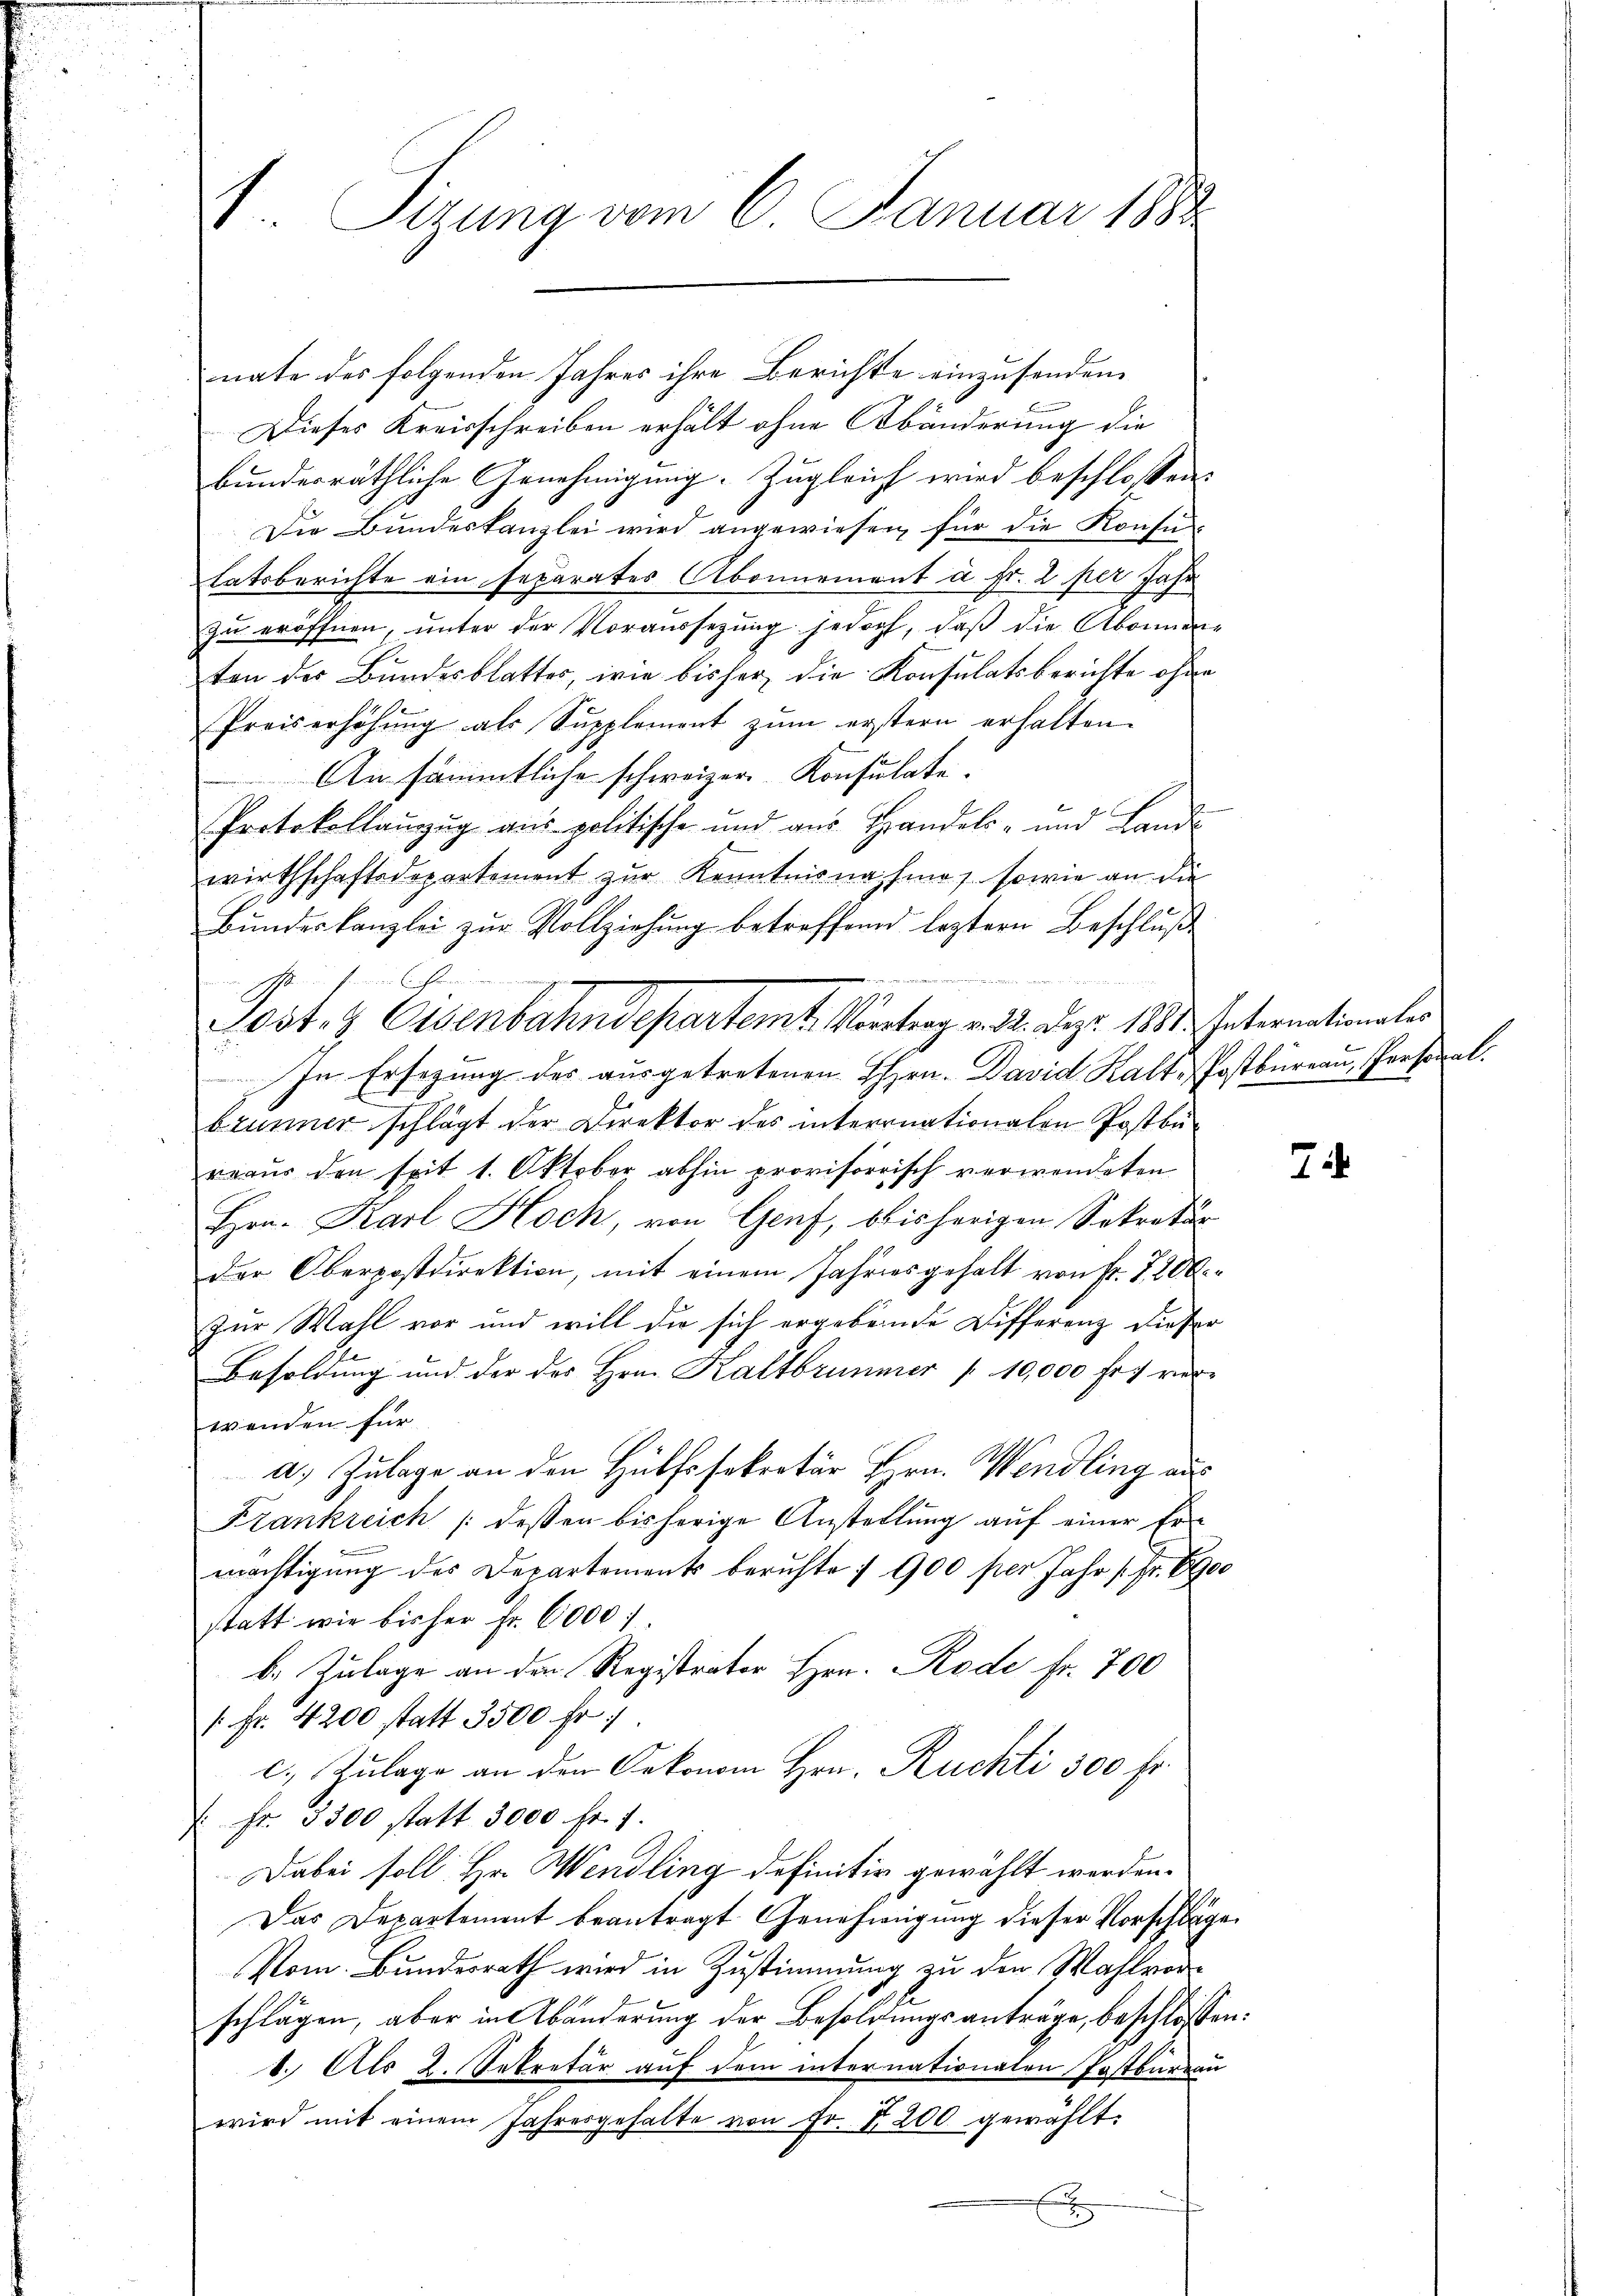
V. Tierung vom 6. Januar 1883.

nate der folgenden Jahres ihre Berichte einzusenden
Dieses Kreisschreiben erhält ohne Abänderung die
bunderräthliche Genehmigung. Zugleich wird beschlossen:
Die Bundeskanzlei wird angewiesen, für die Konsun
tatsberichte ein separates Abonnement à Fr. 2 per Jahr
zu eröffnen, unter der Voraussetzung jedoch, daß die Abonner-
ten der Bundesblatter, wie bisher, die Konsulatsberichte ohne
Preiserhöhŭng als Supplement zŭm erstern erhalten.
An sämmtliche schweizer Konsulate¬
Protokollanzug aus politische und aus Handels- und Lande
wirthschaftsdepartement zur Kenntnisnahme, sowie an die
Bŭndeskanzlei zŭr Vollziehŭng betreffend leztern Beschlŭβ
in ich seinen seiner Conseine
In Ersezung des ausgetretenen Hrn. David Kalt Postbureau, Personal.
brunner schlägt der Direktor des internationalen Postbü-
reaus den seit 1. Oktober abhin provisorisch verwendeten
Hon. Karl Hoch, von Genf, bbisherigen Sekretär
der Oberpostdirektion, mit einem Jahresgehalt von Fr. 7200.-
zur Wahl vor und will die sich ergebende Differenz dieser
Besoldung und der des Hrn. Kaltbrunner " 10,000 Fr. ver-
wenden für
a. Zulage an den Hülfssekretär Hrn. Wendling aus
Frankreich /: dessen bisherige Anstellung auf einer Ermächtigung des Departements beruhte :/ 900 per Jahr 1 Fr. 6900
statt wie bisher Fr. 6000
b. Zulage an den Registrator Hrn. Rode fr. 700
1 Fr. 4200 statt 3500 fr.
c. Zulage an den Oekonom Hrn. Ruchti 300 fr.
: Fr. 3300 statt 3000 fr. 1.
Dabei soll Hr. Wendling definitiv gewählt werden.
Das Departement beantragt Genehmigung dieser Vorschläge
Vom Bundesrath wird in Zustimmung zu den Wahlvorschlägen, aber in Abänderung der Besoldungsanträge, beschlossen:
8. Als 2. Sekretär auf dem internationalen Postbureau
wird mit einem Jahresgehalte von Fr. 2200 gewählt.
x

Post- & Eisenbahndepartemt. Vortrag v. 2. Dez. 1881. Internationales

e

7